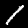
Label: 1